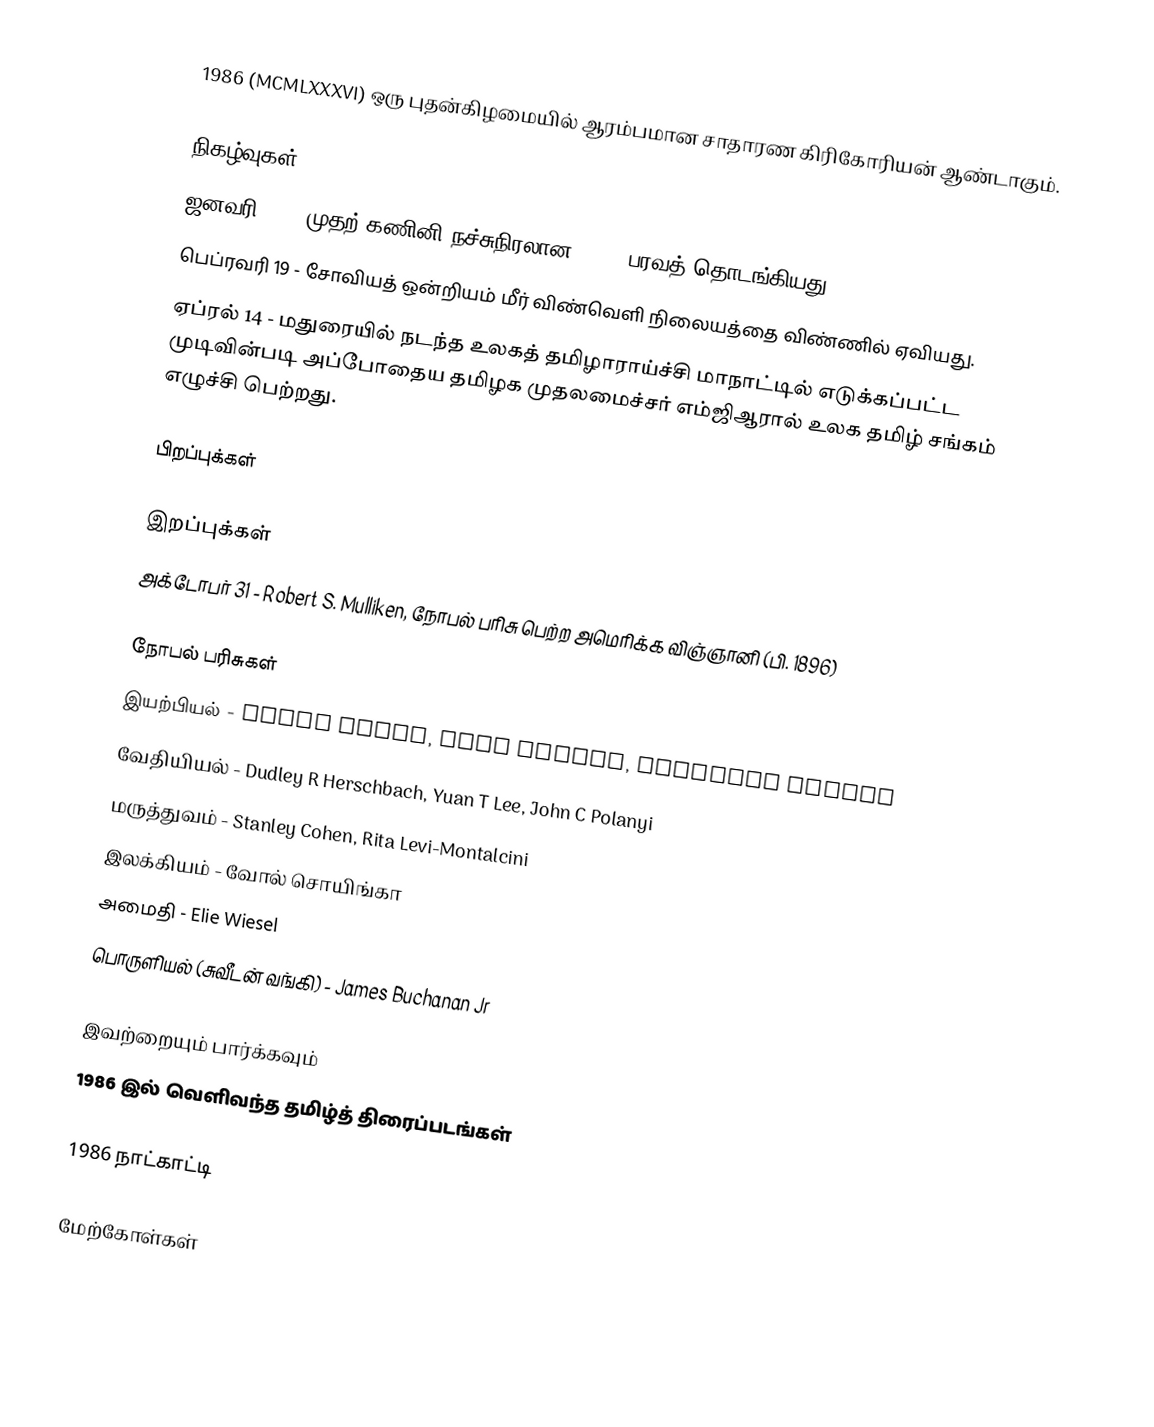
1986  (MCMLXXXVI) ஒரு புதன்கிழமையில் ஆரம்பமான சாதாரண கிரிகோரியன் ஆண்டாகும்.

நிகழ்வுகள்
 ஜனவரி 19 - முதற் கணினி நச்சுநிரலான brain பரவத் தொடங்கியது.
 பெப்ரவரி 19 - சோவியத் ஒன்றியம் மீர் விண்வெளி நிலையத்தை விண்ணில் ஏவியது.
 ஏப்ரல் 14 - மதுரையில் நடந்த உலகத் தமிழாராய்ச்சி மாநாட்டில் எடுக்கப்பட்ட முடிவின்படி அப்போதைய தமிழக முதலமைச்சர் எம்ஜிஆரால் உலக தமிழ் சங்கம் எழுச்சி பெற்றது.

பிறப்புக்கள்

இறப்புக்கள்
 அக்டோபர் 31 - Robert S. Mulliken, நோபல் பரிசு பெற்ற அமெரிக்க விஞ்ஞானி (பி. 1896)

நோபல் பரிசுகள்
 இயற்பியல் - Ernst Ruska, Gerd Binnig, Heinrich Rohrer
 வேதியியல் - Dudley R Herschbach, Yuan T Lee, John C Polanyi
 மருத்துவம் - Stanley Cohen, Rita Levi-Montalcini
 இலக்கியம் - வோல் சொயிங்கா
 அமைதி - Elie Wiesel
 பொருளியல் (சுவீடன் வங்கி) - James Buchanan Jr

இவற்றையும் பார்க்கவும்
 1986 இல் வெளிவந்த தமிழ்த் திரைப்படங்கள்

1986 நாட்காட்டி

மேற்கோள்கள்